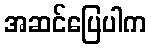
အဆင်ပြေပါက